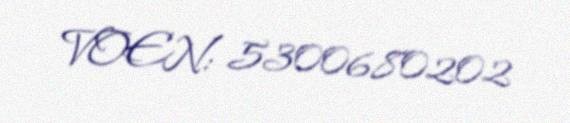
VOEN: 5300680202